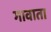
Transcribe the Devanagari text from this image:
गावाता